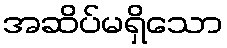
အဆိပ်မရှိသော